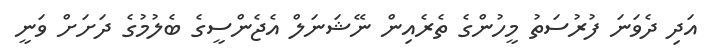
އަދި ދެވަނަ ފުރުސަތު މީހުންގެ ތެރެއިން ނޭޝަނަލް އެޖެންސީގެ ބެލުމުގެ ދަށަށް ވަނީ